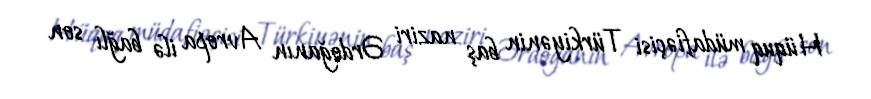
Hüquq müdafiəçisi Türkiyənin baş naziri Ərdoğanın Avropa ilə bağlı son